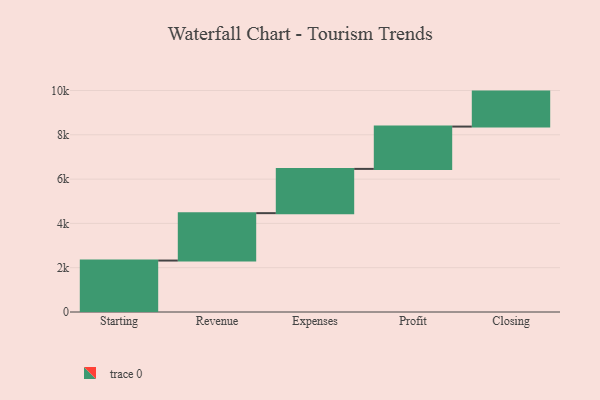
{"axis": {"x": "Step", "y": "Value"}, "legend": [""], "data": [{"x": "Starting", "y": 2323.0, "type": ""}, {"x": "Revenue", "y": 2140.0, "type": ""}, {"x": "Expenses", "y": 1998.0, "type": ""}, {"x": "Profit", "y": 1911.0, "type": ""}, {"x": "Closing", "y": 1579.0, "type": ""}]}